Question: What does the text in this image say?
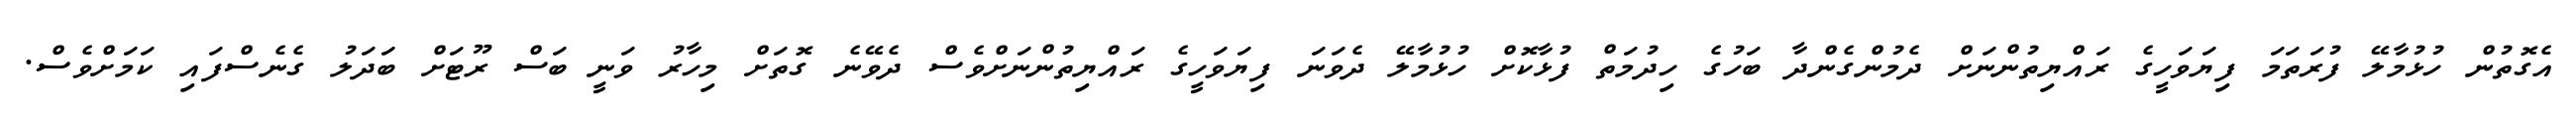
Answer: އެގޮތުން ހުޅުމާލޭ ފުރަތަމަ ފިޔަވަހީގެ ރައްޔިތުންނަށް ދެމުންގެންދާ ބަހުގެ ހިދުމަތް ފުޅާކޮށް ހުޅުމާލޭ ދެވަނަ ފިޔަވަހީގެ ރައްޔިތުންނަށްވެސް ދެވޭނެ ގޮތަށް މިހާރު ވަނީ ބަސް ރޫޓަށް ބަދަލު ގެނެސްފައި ކަމަށްވެސް.